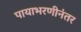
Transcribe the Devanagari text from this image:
पायाभरणीनंतर